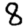
Digit: 8